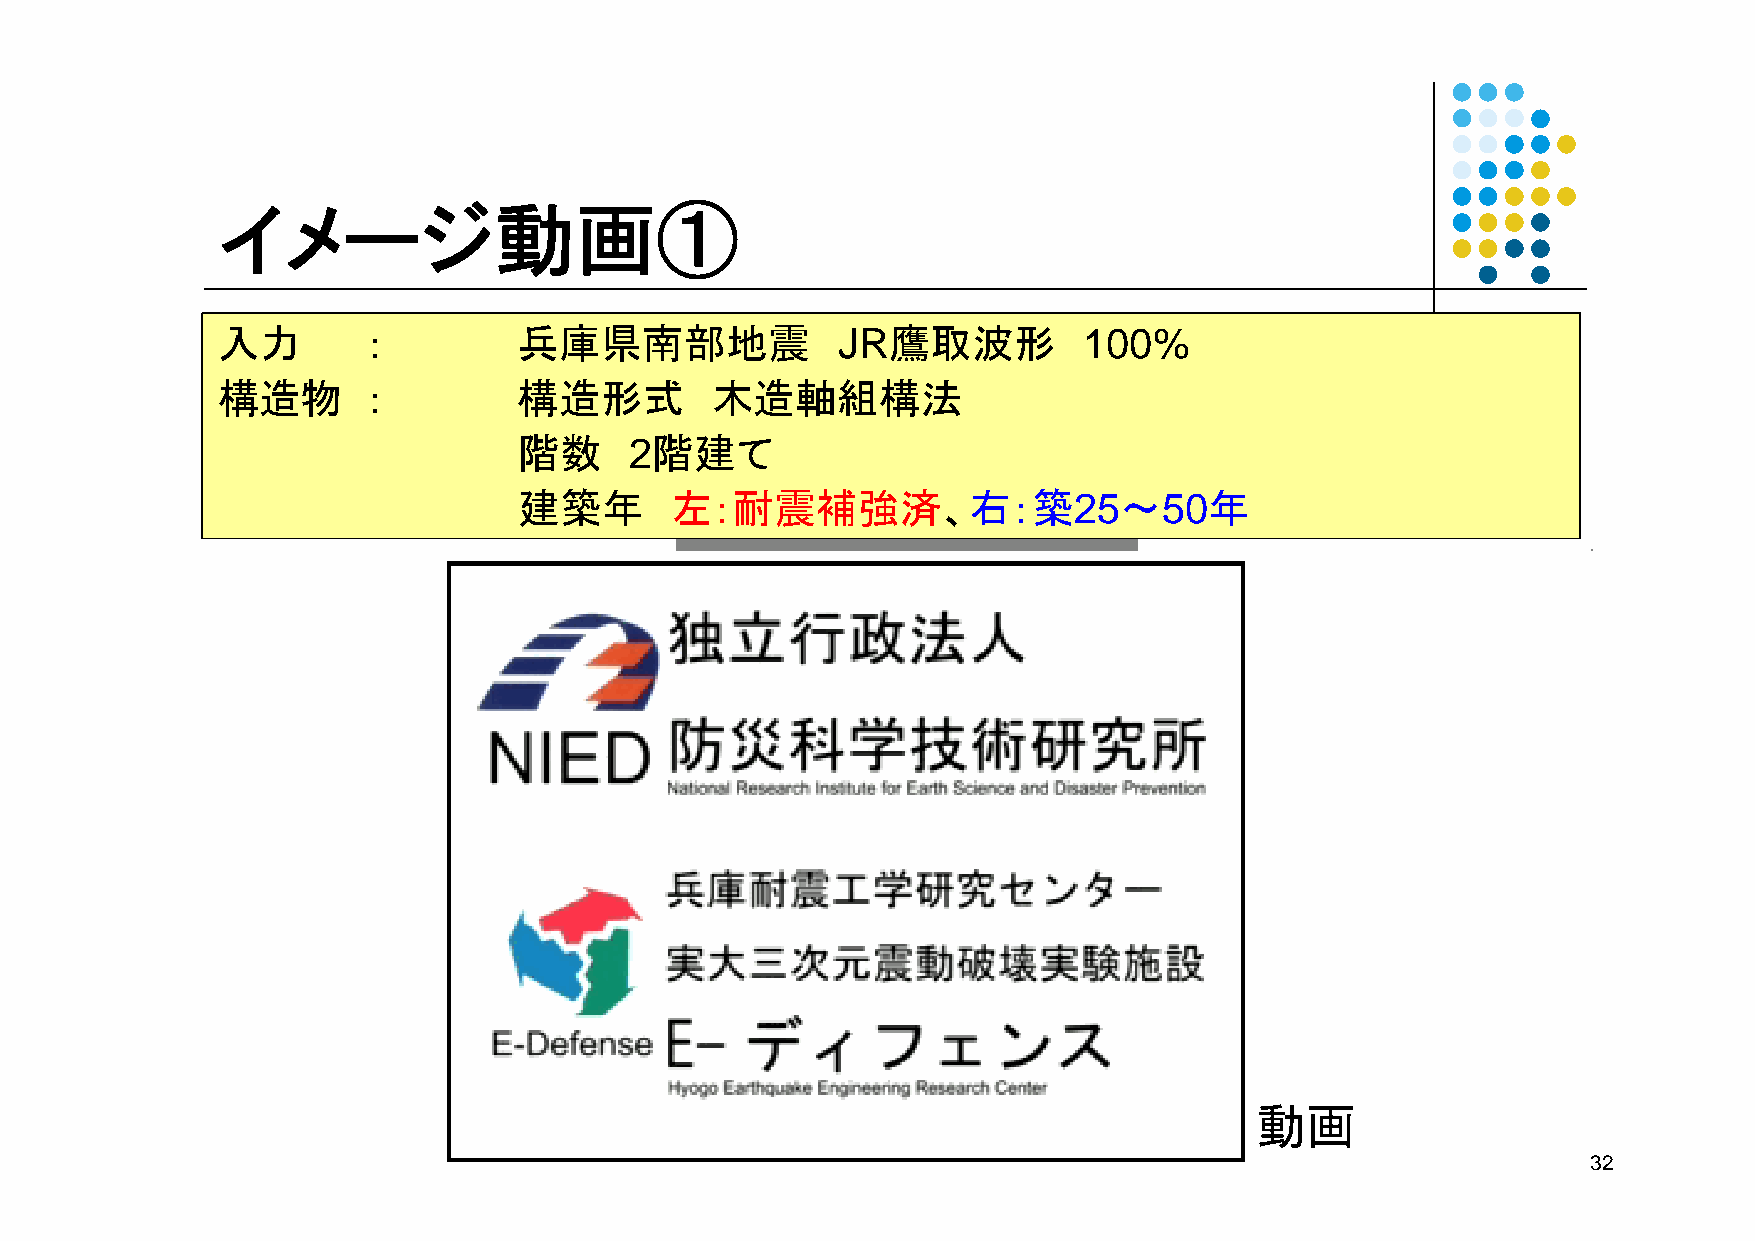
イメージ動画①
 入力        ：         兵庫県南部地震              JR鷹取波形           100%
 入力        ：         兵庫県南部地震              JR鷹取波形           100%
 構造物       ：         構造形式         木造軸組構法
 構造物       ：         構造形式         木造軸組構法
 階数      2階建て
 階数     2階建て
 建築年       左：耐震補強済、右：築25～50年
 建築年       左：耐震補強済、右：築25～50年
 動画
 32